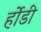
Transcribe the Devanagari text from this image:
र्होडी